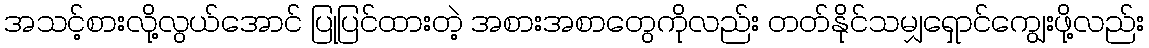
အသင့်စားလို့လွယ်အောင် ပြုပြင်ထားတဲ့ အစားအစာတွေကိုလည်း တတ်နိုင်သမျှရှောင်ကျွေးဖို့လည်း